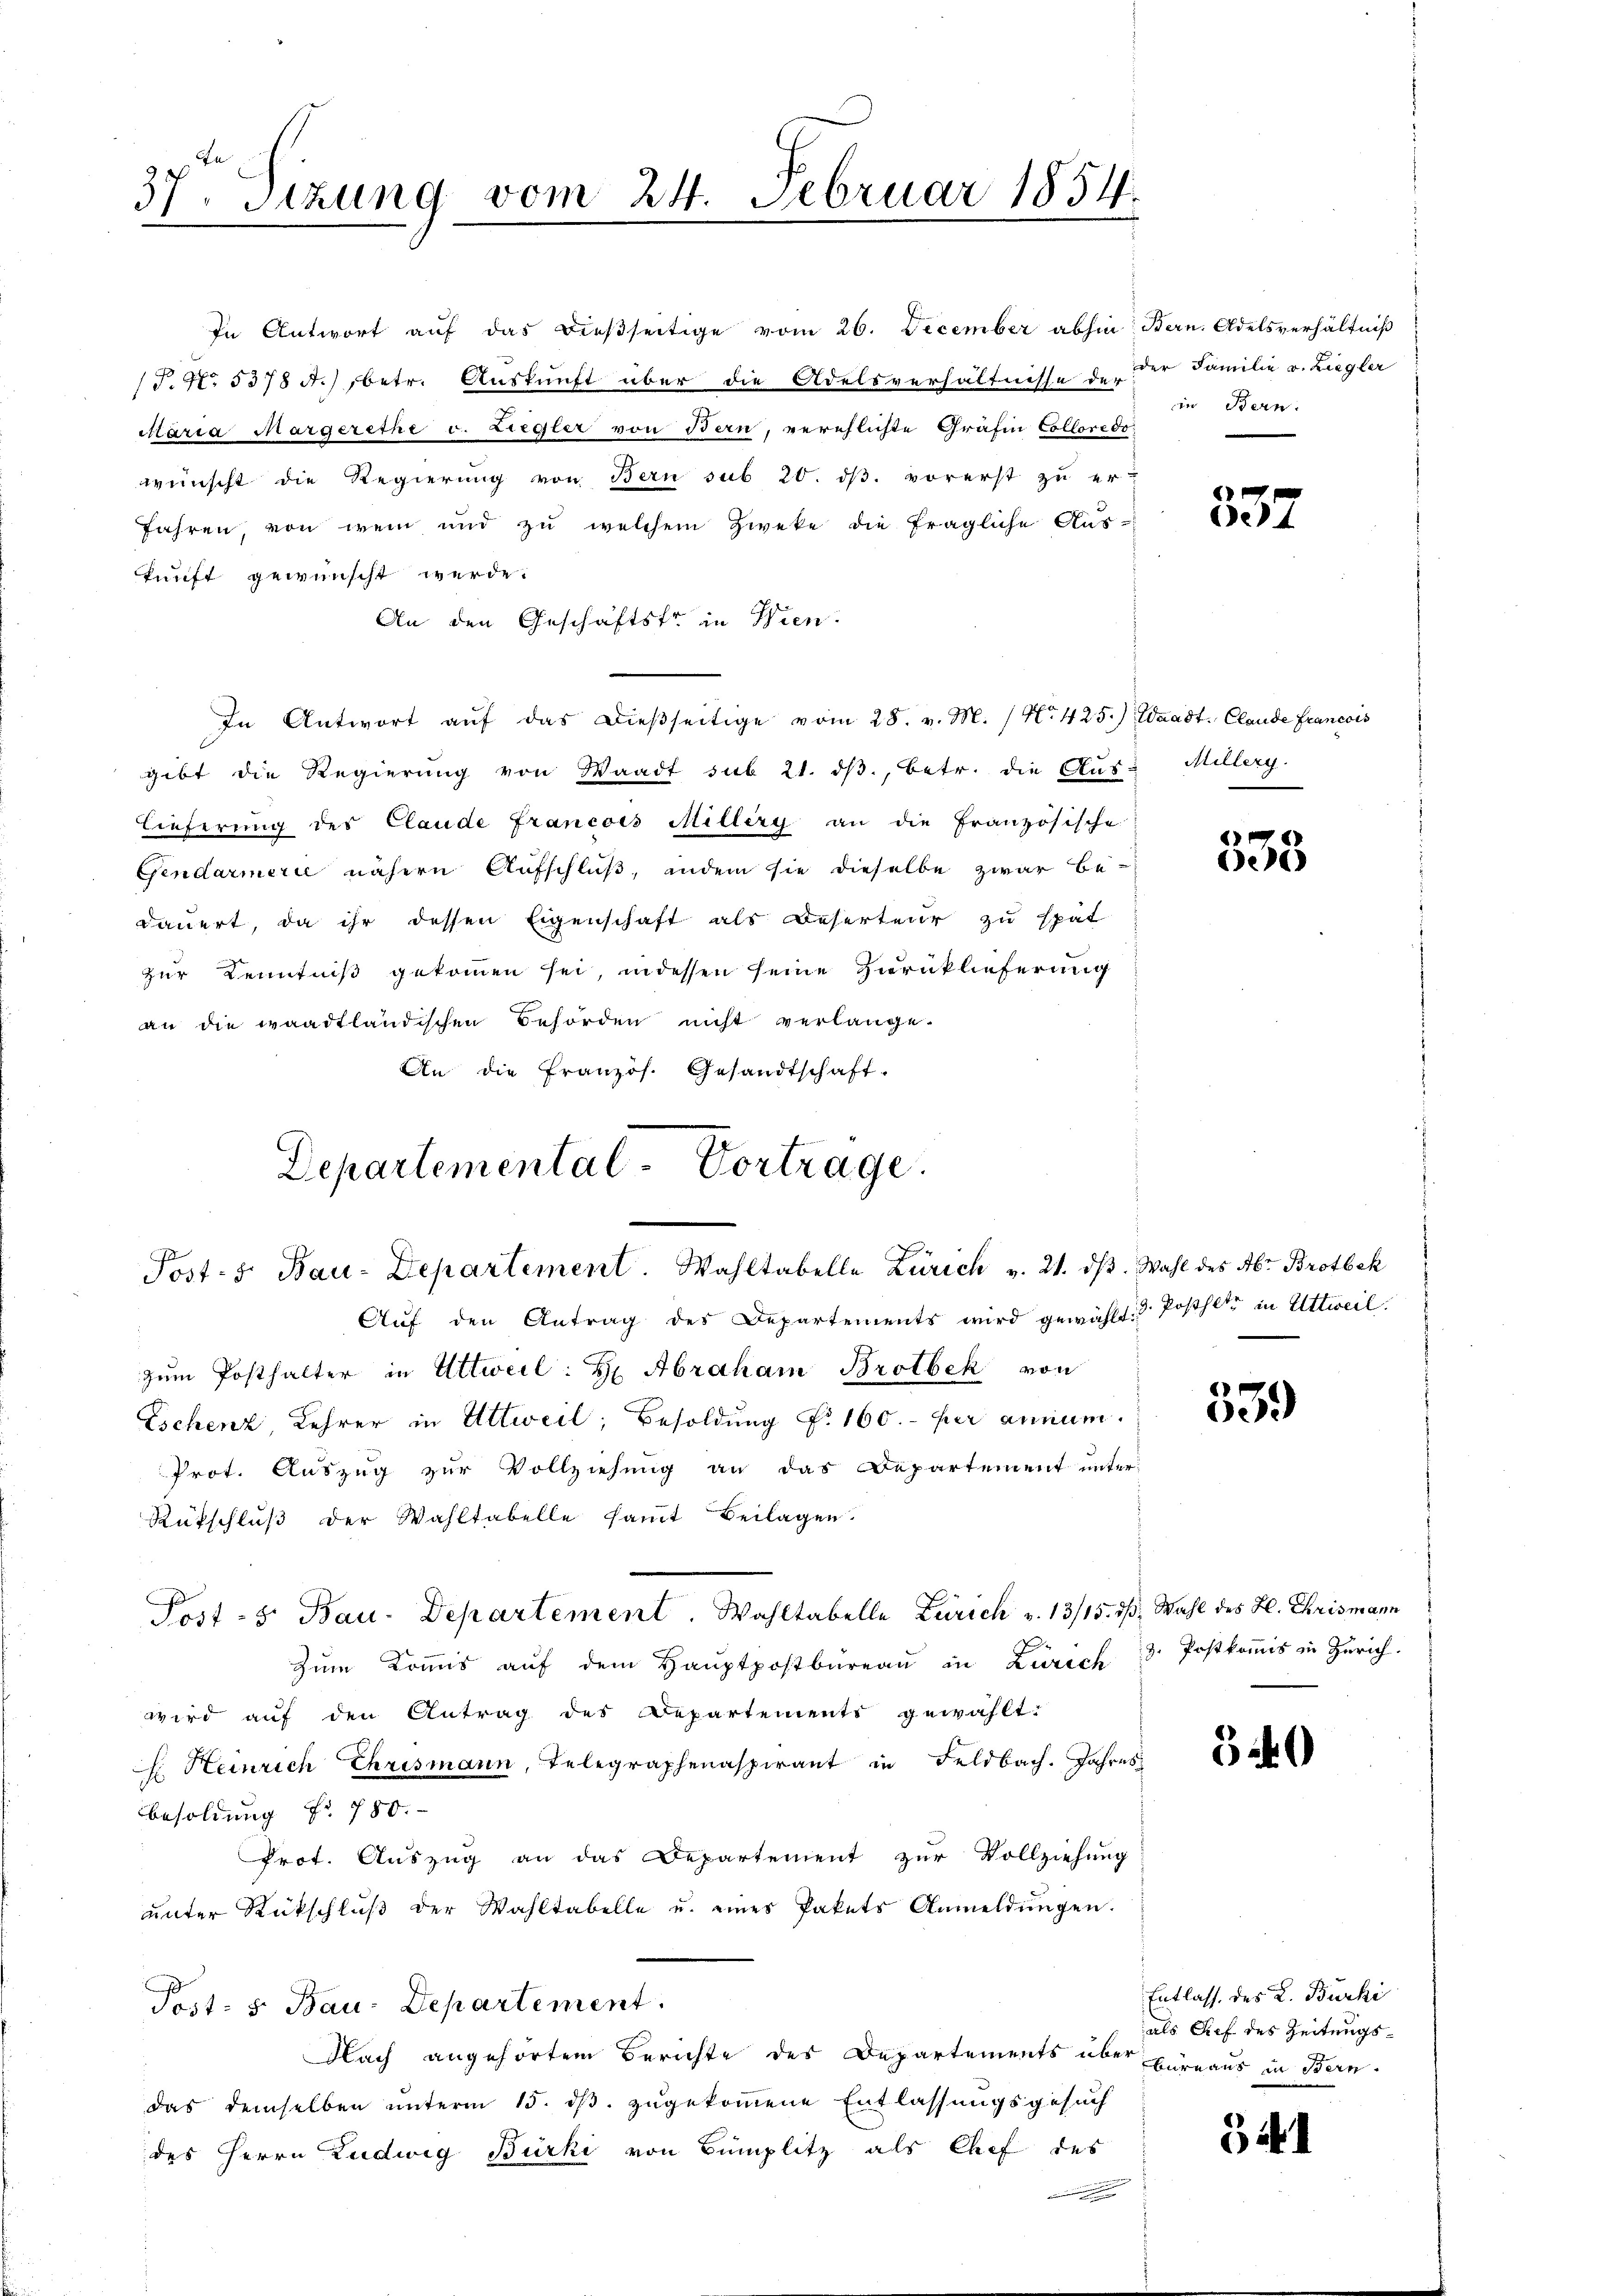
37. Sitzung vom 24. Februar 1854.

In Antwort auf das dießseitige vom 26. December abhin Bern, Adelsverhältniß
(P. Nr. 5378 f.) betr. Auskunft über die Adelsverhältnisse der der Familie v. Liegler
Maria Margerethe u. Liegler von Bern, verschlichte Gräfin Colloredo
wünscht die Regierung von Bern sub 20. dβ. vorerst zu er
fahren, von wem und zu welchem Zweke die fragliche Aus-
kunft gewünscht werde.
An den Geschäftsfr. in Wien.
In Antwort aŭf das dieβseitige vom 28. v. M. / No. 425.) Waadt. Claude Francois
gibt die Regierung von Waadt sub 21. dβ., betr. die Aus- Millerg.
Lieferung des Claude francois Millery an die Französische
Gendarmerie nähern Aufschluß, indem sie dieselbe zwar be-
dauert, da ihr dessen Eigenschaft als Deserteur zu spät
zur Kenntniß gekommen sei, indessen seine Zurücklieferung
an die waadtländischen Behörden nicht verlange-
An die Französ. Gesandtschaft-
Departemental-Vortrage.

Post- 5. Bau-Departement. Wahltabelle Zürich v. 21. dβ. Wahl des Aber Brotbek

Aŭf den Antrag des Departements wird gewählt. Postheter in Uttweil.
zum Posthalter in Uttweil: H Abraham Brotbek von
Eschenz, Lehrer in Attweil, Besoldung Nr 160.- per annum.
Prot. Auszug zur Vollziehung an das Departement unter
Rutschluß der Wahltabelle samt Beilagen
Post - 5. Bau-Departement. Wahltabelle Zürich v. 13/15. ds. Wahl des Hl. Chrismann
Zum Kommis auf dem Hauptpostbureau in Zurech
wird auf den Antrag des Departements gewählt:
E Steinrich Chrismann, Telegraphenaspirant in Feldbach. Jahres
Besoldung Nr. 750.
Prot. Auszug an das Departement zur Vollziehung
unter Rückschlŭβ der Wahltabelle u. eines Pakets Anmeldŭngen.
Pest. 5. Bau-Departement.
Nach angehörtem Berichte des Departements über Bureaus in Bern.
das demselben unterm 15. ds. zugekommene Entlassungsgesuch
des Herrn Ludwig Bürki von Bumplitz als Chef des

in Bern.

E
e4

1
e

9
e

z. Postkommis in Zürich.

5 40

Entlasse des L. Bürki
als Tief des Zeitungs¬

34.